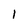
Character: 1